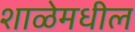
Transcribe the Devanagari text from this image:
शाळेमधील